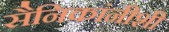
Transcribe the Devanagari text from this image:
सैनिकांनीशी